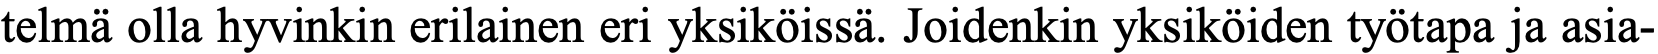
telmä olla hyvinkin erilainen eri yksiköissä. Joidenkin yksiköiden työtapa ja asia-